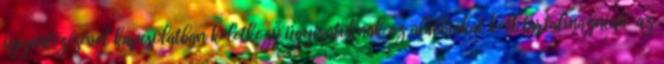
ügyintézésével kapcsolatban keletkező ügyiratoknak az alábbiakat kell tartalmazniuk: az